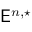
\mathsf { E } ^ { n , \star }